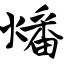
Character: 燔